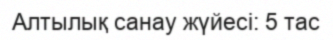
Алтылық санау жүйесі: 5 тас